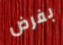
بفرض